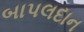
બાપલદાન